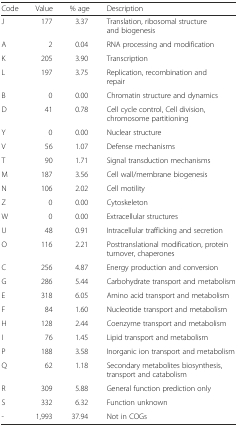
<table><thead><tr><td><b>Code</b></td><td><b>Value</b></td><td><b>% age</b></td><td><b>Description</b></td></tr></thead><tbody><tr><td>J</td><td>177</td><td>3.37</td><td>Translation, ribosomal structure and biogenesis</td></tr><tr><td>A</td><td>2</td><td>0.04</td><td>RNA processing and modification</td></tr><tr><td>K</td><td>205</td><td>3.90</td><td>Transcription</td></tr><tr><td>L</td><td>197</td><td>3.75</td><td>Replication, recombination and repair</td></tr><tr><td>B</td><td>0</td><td>0.00</td><td>Chromatin structure and dynamics</td></tr><tr><td>D</td><td>41</td><td>0.78</td><td>Cell cycle control, Cell division, chromosome partitioning</td></tr><tr><td>Y</td><td>0</td><td>0.00</td><td>Nuclear structure</td></tr><tr><td>V</td><td>56</td><td>1.07</td><td>Defense mechanisms</td></tr><tr><td>T</td><td>90</td><td>1.71</td><td>Signal transduction mechanisms</td></tr><tr><td>M</td><td>187</td><td>3.56</td><td>Cell wall/membrane biogenesis</td></tr><tr><td>N</td><td>106</td><td>2.02</td><td>Cell motility</td></tr><tr><td>Z</td><td>0</td><td>0.00</td><td>Cytoskeleton</td></tr><tr><td>W</td><td>0</td><td>0.00</td><td>Extracellular structures</td></tr><tr><td>U</td><td>48</td><td>0.91</td><td>Intracellular trafficking and secretion</td></tr><tr><td>O</td><td>116</td><td>2.21</td><td>Posttranslational modification, protein turnover, chaperones</td></tr><tr><td>C</td><td>256</td><td>4.87</td><td>Energy production and conversion</td></tr><tr><td>G</td><td>286</td><td>5.44</td><td>Carbohydrate transport and metabolism</td></tr><tr><td>E</td><td>318</td><td>6.05</td><td>Amino acid transport and metabolism</td></tr><tr><td>F</td><td>84</td><td>1.60</td><td>Nucleotide transport and metabolism</td></tr><tr><td>H</td><td>128</td><td>2.44</td><td>Coenzyme transport and metabolism</td></tr><tr><td>I</td><td>76</td><td>1.45</td><td>Lipid transport and metabolism</td></tr><tr><td>P</td><td>188</td><td>3.58</td><td>Inorganic ion transport and metabolism</td></tr><tr><td>Q</td><td>62</td><td>1.18</td><td>Secondary metabolites biosynthesis, transport and catabolism</td></tr><tr><td>R</td><td>309</td><td>5.88</td><td>General function prediction only</td></tr><tr><td>S</td><td>332</td><td>6.32</td><td>Function unknown</td></tr><tr><td>-</td><td>1,993</td><td>37.94</td><td>Not in COGs</td></tr></tbody></table>